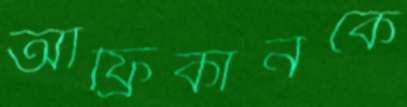
আফ্রিকানকে